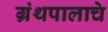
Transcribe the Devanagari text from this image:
ग्रंथपालाचे